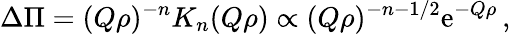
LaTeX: \Delta\Pi=(Q\rho)^{-n}K_{n}(Q\rho)\propto(Q\rho)^{-n-1/2}\mathrm{e}^{-Q\rho}\, ,